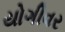
યોગીવર